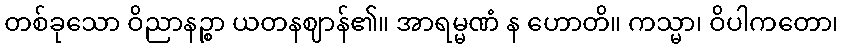
တစ်ခုသော ဝိညာနဉ္စာ ယတနဈာန်၏။ အာရမ္မဏံ န ဟောတိ။ ကသ္မာ၊ ဝိပါကတော၊